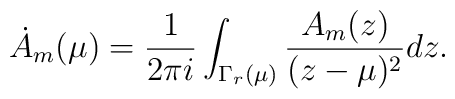
\dot{A}_m(\mu)={1\over 2\pi i}\int_{\Gamma_r(\mu)}{A_m(z)\over(z-\mu)^2}dz.